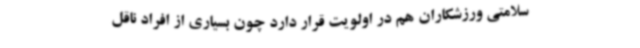
سلامتی ورزشکاران هم در اولویت قرار دارد چون بسیاری از افراد ناقل